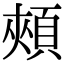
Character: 頰